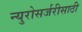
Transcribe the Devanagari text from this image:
न्युरोसर्जरीसाठी